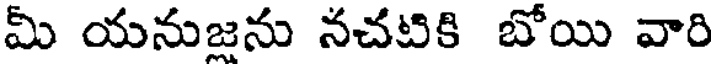
మీ యనుజను నచటికి బోయి వారి